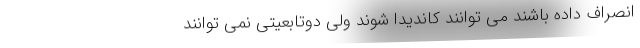
انصراف داده باشند می توانند کاندیدا شوند ولی دوتابعیتی نمی توانند